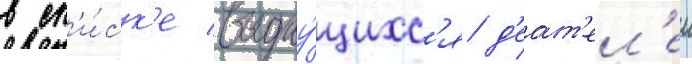
в сп'и́ск'е выдау́щихс'я д'еат'ел'еи